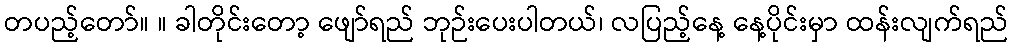
တပည့်တော်။ ။ ခါတိုင်းတော့ ဖျော်ရည် ဘုဉ်းပေးပါတယ်၊ လပြည့်နေ့ နေ့ပိုင်းမှာ ထန်းလျက်ရည်